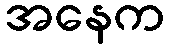
အနေက